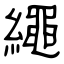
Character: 繩